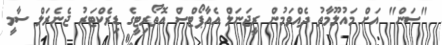
"ސަން" އަށް މައުލޫމާތު ދެއްވަމުން ރީޖަނަލް އެއާޕޯޓްސް އޮތޯރިޓީގެ ޑިރެކްޓަރު ޖެނެރަލް ސާމީ